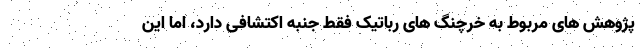
پژوهش های مربوط به خرچنگ های رباتیک فقط جنبه اکتشافی دارد، اما این